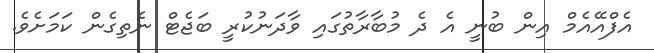
އެފްއޭއެމް އިން ބުނީ އެ ދެ މުބާރާތުގައި ވާދަނުކުރީ ބަޖެޓް ނެތިގެން ކަމަށެވެ.